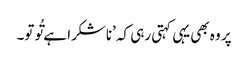
پر وہ بھی یہی کہتی رہی کہ ’ناشکرا ہے تُو تو۔